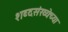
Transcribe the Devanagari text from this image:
शब्दसंख्येच्या